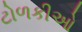
ટોળકીઓ